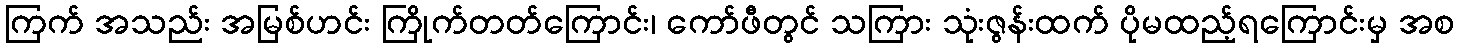
ကြက် အသည်း အမြစ်ဟင်း ကြိုက်တတ်ကြောင်း၊ ကော်ဖီတွင် သကြား သုံးဇွန်းထက် ပိုမထည့်ရကြောင်းမှ အစ